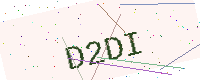
Text: D2DI